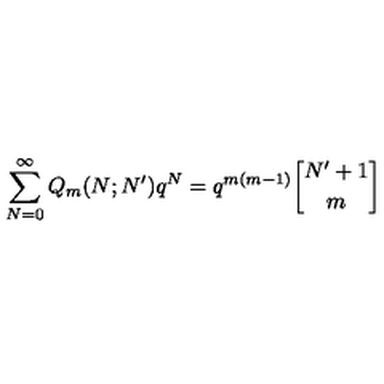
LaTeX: \sum _ { N = 0 } ^ { \infty } Q _ { m } ( N ; N ^ { \prime } ) q ^ { N } = q ^ { m ( m - 1 ) } { N ^ { \prime } + 1 \atopwithdelims [ ] m }